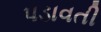
પડાવતી